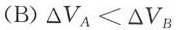
(B)△V_{A}≤△V_{B}